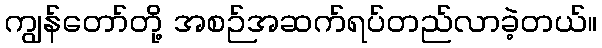
ကျွန်တော်တို့ အစဉ်အဆက်ရပ်တည်လာခဲ့တယ်။